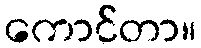
ကောင်တာ။